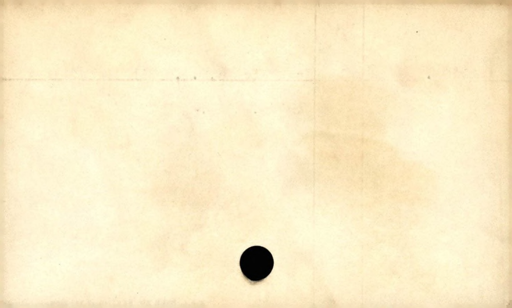
Label: blank